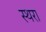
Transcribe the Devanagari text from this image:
स्थरा